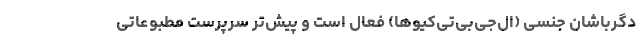
دگرباشان جنسی (ال‌جی‌بی‌تی‌کیوها) فعال است و پیش‌تر سرپرست مطبوعاتی